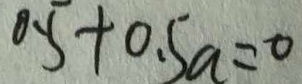
0 . 5 + 0 . 5 a = 0